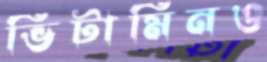
ভিটামিনও